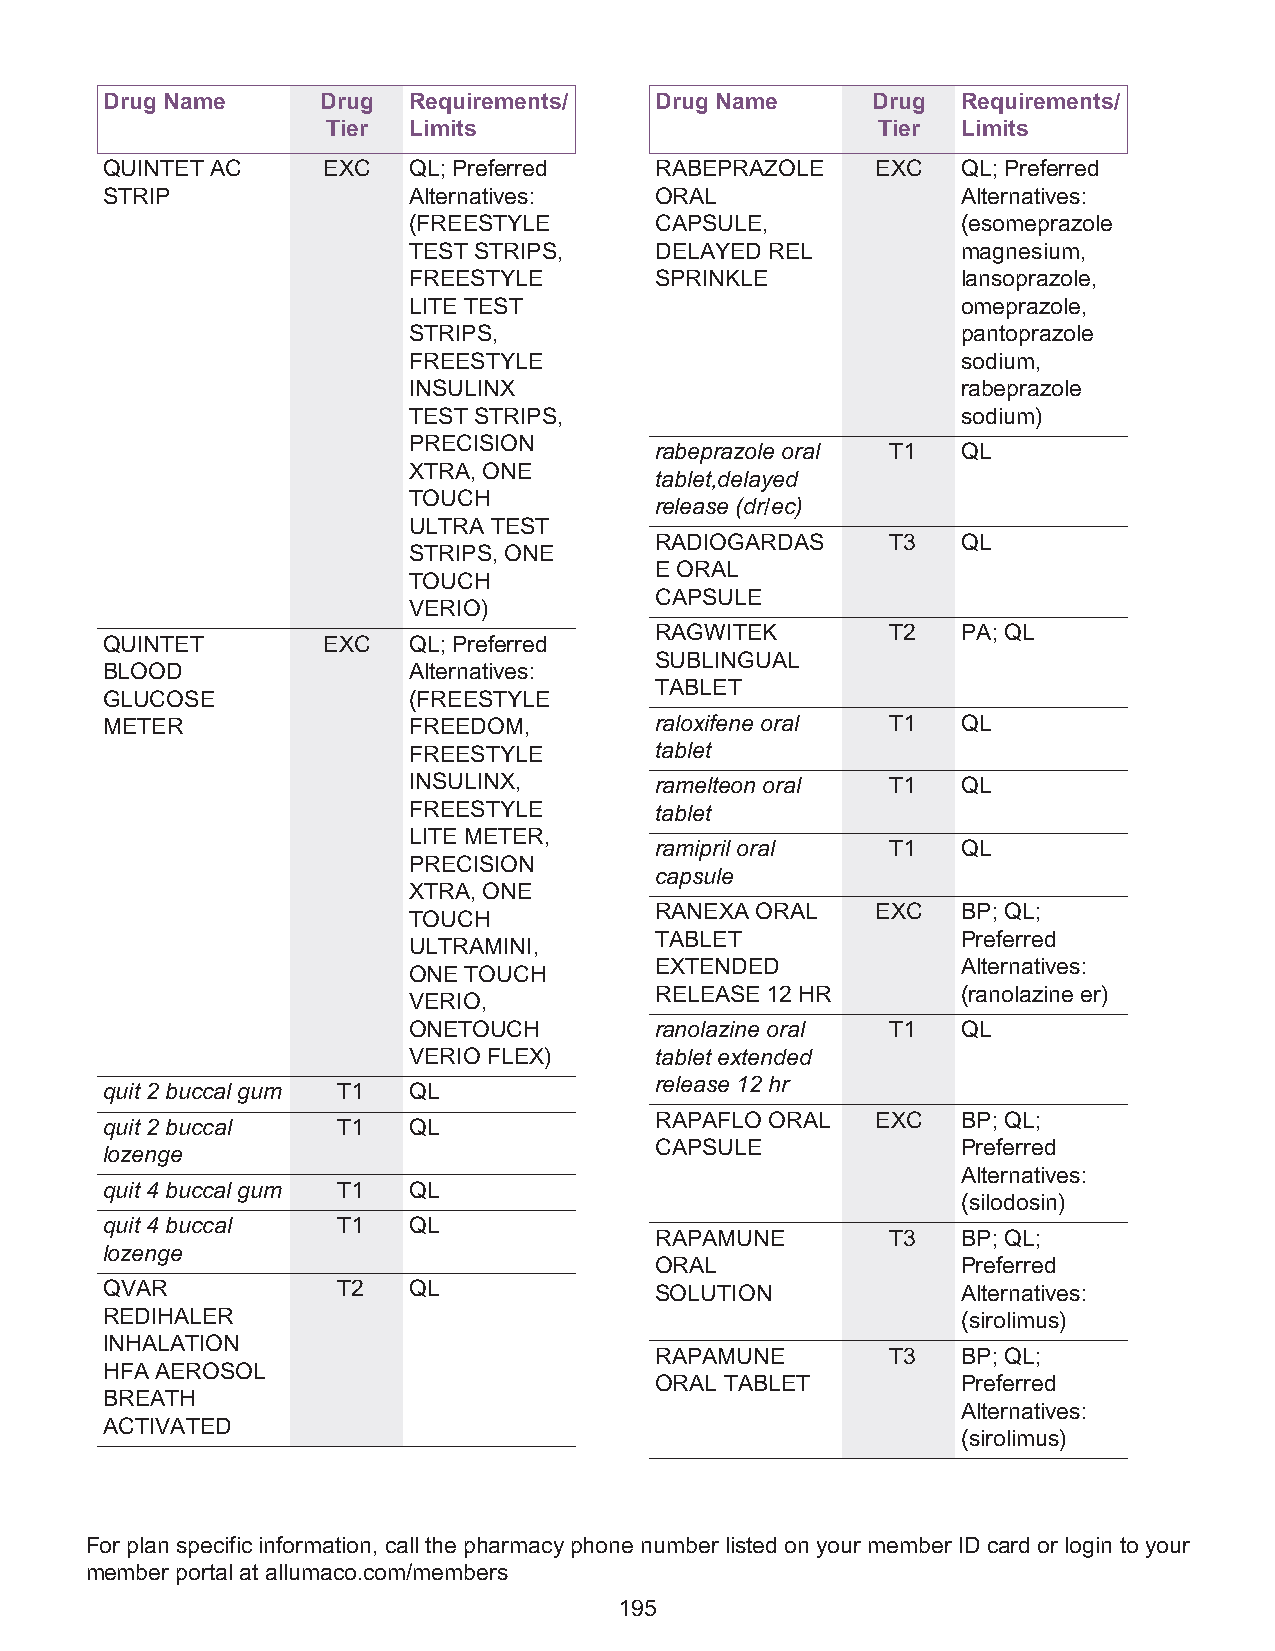
Drug Name     Drug  Requirements/   Drug Name      Drug  Requirements/
 Tier Limits                         Tier  Limits
 QUINTET AC    EXC   QL; Preferred   RABEPRAZOLE    EXC   QL; Preferred
 STRIP               Alternatives:   ORAL                 Alternatives:
 (FREESTYLE      CAPSULE,             (esomeprazole
 TEST STRIPS,    DELAYED REL          magnesium,
 FREESTYLE       SPRINKLE             lansoprazole,
 LITE TEST                            omeprazole,
 STRIPS,                              pantoprazole
 FREESTYLE                            sodium,
 INSULINX                             rabeprazole
 TEST STRIPS,                         sodium)
 PRECISION
 rabeprazole oral T1  QL
 XTRA, ONE
 tablet,delayed
 TOUCH
 release (dr/ec)
 ULTRA TEST
 RADIOGARDAS     T3   QL
 STRIPS, ONE
 E ORAL
 TOUCH
 CAPSULE
 VERIO)
 RAGWITEK        T2   PA; QL
 QUINTET       EXC   QL; Preferred
 SUBLINGUAL
 BLOOD               Alternatives:
 TABLET
 GLUCOSE             (FREESTYLE
 METER               FREEDOM,        raloxifene oral T1   QL
 FREESTYLE       tablet
 INSULINX,       ramelteon oral  T1   QL
 FREESTYLE       tablet
 LITE METER,
 ramipril oral   T1   QL
 PRECISION
 capsule
 XTRA, ONE
 RANEXA ORAL    EXC   BP; QL;
 TOUCH
 TABLET               Preferred
 ULTRAMINI,
 EXTENDED             Alternatives:
 ONE TOUCH
 RELEASE 12 HR        (ranolazine er)
 VERIO,
 ONETOUCH        ranolazine oral T1   QL
 VERIO FLEX)     tablet extended
 release 12 hr
 quit 2 buccal gum T1 QL
 RAPAFLO ORAL   EXC   BP; QL;
 quit 2 buccal  T1   QL
 CAPSULE              Preferred
 lozenge
 Alternatives:
 quit 4 buccal gum T1 QL
 (silodosin)
 quit 4 buccal  T1   QL
 RAPAMUNE        T3   BP; QL;
 lozenge
 ORAL                 Preferred
 QVAR           T2   QL              SOLUTION             Alternatives:
 REDIHALER                                                (sirolimus)
 INHALATION
 RAPAMUNE        T3   BP; QL;
 HFA AEROSOL
 ORAL TABLET          Preferred
 BREATH
 Alternatives:
 ACTIVATED
 (sirolimus)
 For plan specific information, call the pharmacy phone number listed on your member ID card or login to your
 member portal at allumaco.com/members
 195